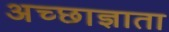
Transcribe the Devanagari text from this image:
अच्छाज्ञाता